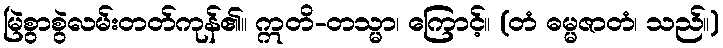
မြဲစွာစွဲလမ်းတတ်ကုန်၏။ ဣတိ-တသ္မာ၊ ကြောင့်။ (တံ ဓမ္မဇာတံ၊ သည်။)